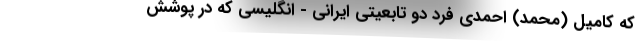
که کامیل (محمد) احمدی فرد دو تابعیتی ایرانی - انگلیسی که در پوشش